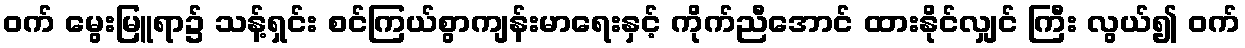
ဝက် မွေးမြူရာ၌ သန့်ရှင်း စင်ကြယ်စွာကျန်းမာရေးနှင့် ကိုက်ညီအောင် ထားနိုင်လျှင် ကြီး လွယ်၍ ဝက်